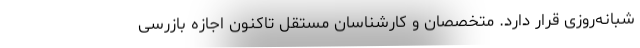
شبانه‌روزی قرار دارد. متخصصان و کارشناسان مستقل تاکنون اجازه بازرسی